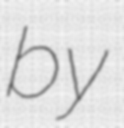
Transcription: by